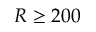
R \ge 2 0 0